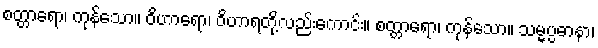
စတ္တာရော၊ ကုန်သော။ ဝိဟာရော၊ ဝိဟာရတို့လည်းကောင်း။ စတ္တာရော၊ ကုန်သော။ သမ္မပ္ပဓာနာ၊